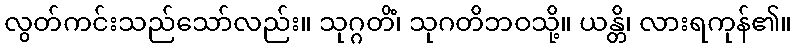
လွတ်ကင်းသည်သော်လည်း။ သုဂ္ဂတိံ၊ သုဂတိဘဝသို့။ ယန္တိ၊ လားရကုန်၏။